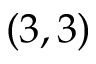
( 3 , 3 )